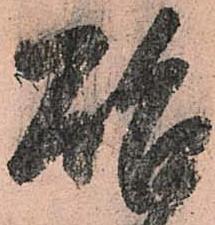
啓